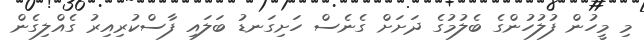
މި މީހުން ފުލުހުންގެ ބެލުމުގެ ދަށަށް ގެނެސް ހަށިގަނޑު ބަލައި ފާސްކުރިއިރު ގެއްލިގެން